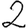
Digit: 2